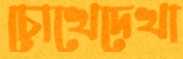
চোখেদেখা